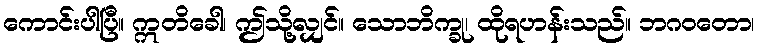
ကောင်းပါပြီ။ ဣတိခေါ၊ ဤသို့လျှင်။ သောဘိက္ခု၊ ထိုရဟန်းသည်။ ဘဂဝတော၊